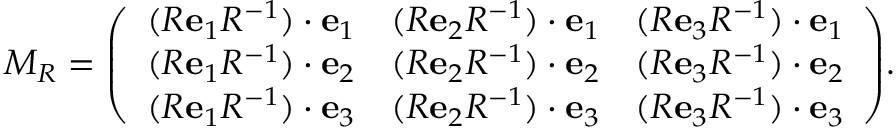
M _ { R } = { \left( \begin{array} { l l l } { ( R \mathbf { e } _ { 1 } R ^ { - 1 } ) \cdot \mathbf { e } _ { 1 } } & { ( R \mathbf { e } _ { 2 } R ^ { - 1 } ) \cdot \mathbf { e } _ { 1 } } & { ( R \mathbf { e } _ { 3 } R ^ { - 1 } ) \cdot \mathbf { e } _ { 1 } } \\ { ( R \mathbf { e } _ { 1 } R ^ { - 1 } ) \cdot \mathbf { e } _ { 2 } } & { ( R \mathbf { e } _ { 2 } R ^ { - 1 } ) \cdot \mathbf { e } _ { 2 } } & { ( R \mathbf { e } _ { 3 } R ^ { - 1 } ) \cdot \mathbf { e } _ { 2 } } \\ { ( R \mathbf { e } _ { 1 } R ^ { - 1 } ) \cdot \mathbf { e } _ { 3 } } & { ( R \mathbf { e } _ { 2 } R ^ { - 1 } ) \cdot \mathbf { e } _ { 3 } } & { ( R \mathbf { e } _ { 3 } R ^ { - 1 } ) \cdot \mathbf { e } _ { 3 } } \end{array} \right) } .